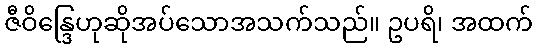
ဇီဝိန္ဒြေဟုဆိုအပ်သောအသက်သည်။ ဥပရိ၊ အထက်